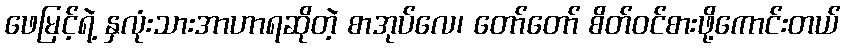
ဖေမြင့်ရဲ့ နှလုံးသားအာဟာရဆိုတဲ့ စာအုပ်လေ၊ တော်တော် စိတ်ဝင်စားဖို့ကောင်းတယ်